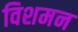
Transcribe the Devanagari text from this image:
विशमन